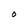
Character: O